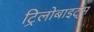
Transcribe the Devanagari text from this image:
ट्रिलोबाइट्स